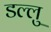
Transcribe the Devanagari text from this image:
डल्लु